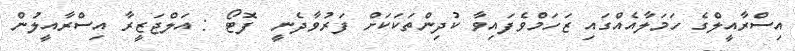
އިސްރާއީލްގެ ހަމަލާއެއްގައި ޒަހަމްވެފައިވާ ކުދިންތަކަކަށް ފަރުވާދެނީ  ފޮޓޯ : އަލްޖަޒީރާ އިސްރާއީލުން